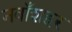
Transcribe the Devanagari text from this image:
नवाँशहर